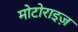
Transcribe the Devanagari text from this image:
मोटोराइज़